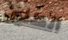
الطنين